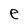
Character: e